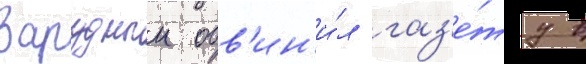
Зарудныи обв'ин'и́л газ'е́ту в